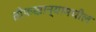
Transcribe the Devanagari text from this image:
तोफखान्यामधील